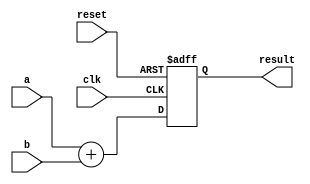
// Generator : SpinalHDL v1.4.3    git head : adf552d8f500e7419fff395b7049228e4bc5de26
// Component : unnamed
// Git hash  : adf552d8f500e7419fff395b7049228e4bc5de26



module unnamed (
  input      [7:0]    a,
  input      [7:0]    b,
  output     [7:0]    result,
  input               clk,
  input               reset
);
  reg        [7:0]    _zz_1;

  assign result = _zz_1;
  always @ (posedge clk or posedge reset) begin
    if (reset) begin
      _zz_1 <= 8'h0;
    end else begin
      _zz_1 <= (a + b);
    end
  end


endmodule